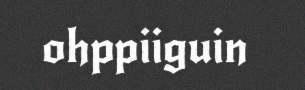
ohppiiguin